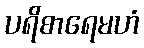
ပရိစာရေမဟံ